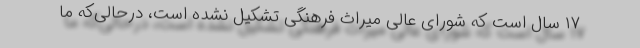
۱۷ سال است که شورای عالی میراث فرهنگی تشکیل نشده است، ‌درحالی‌که ما